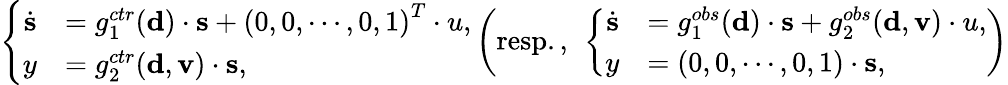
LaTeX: \left\{ \begin{array}{rl}{\dot{{\mathbf s}}}&{=g_{1}^{ctr}({\mathbf d})\cdot{\mathbf s}+\left(0,0,\cdots,0,1\right)^{T}\cdot u,}\\ {y}&{=g_{2}^{ctr}({\mathbf d},{\mathbf v})\cdot{\mathbf s},}\end{array}\right.\left(\mathrm{resp.,~}\left\{ \begin{array}{rl}{\dot{{\mathbf s}}}&{=g_{1}^{obs}({\mathbf d})\cdot{\mathbf s}+g_{2}^{obs}({\mathbf d},{\mathbf v})\cdot u,}\\ {y}&{=\left(0,0,\cdots,0,1\right)\cdot{\mathbf s},}\end{array}\right.\right)